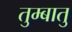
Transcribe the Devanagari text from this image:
तुम्बातु